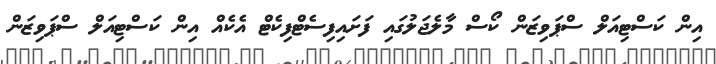
އިން ކަސްޓިއަލް ސްޕަވިޒަން ކޯސް މާލެޖަލުގައި ފަށައިފިސެޓްފިކެޓް އެކެއް އިން ކަސްޓިއަލް ސްޕަވިޒަން